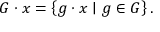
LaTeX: G \cdot x = \left\{ g \cdot x \mid g \in G \right\} .